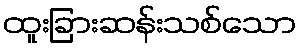
ထူးခြားဆန်းသစ်သော